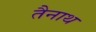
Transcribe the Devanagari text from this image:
तैनाथ